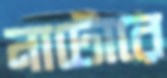
নাটোরে